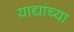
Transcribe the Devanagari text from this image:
याद्यांच्या